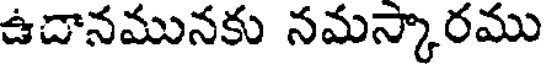
ఉదానమునకు నమస్కారము